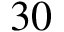
3 0